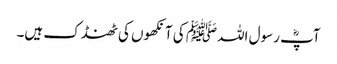
آپؓ رسول اللہﷺ کی آنکھوں کی ٹھنڈک ہیں۔